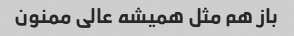
باز هم مثل همیشه عالی ممنون